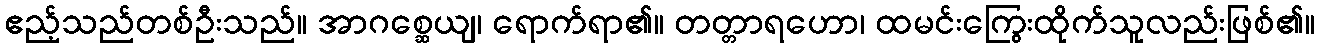
ဧည့်သည်တစ်ဦးသည်။ အာဂစ္ဆေယျ၊ ရောက်ရာ၏။ တတ္တာရဟော၊ ထမင်းကြွေးထိုက်သူလည်းဖြစ်၏။